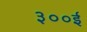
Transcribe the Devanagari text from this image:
३००ई